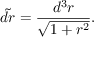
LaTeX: \tilde { d r } = { \frac { d ^ { 3 } r } { \sqrt { 1 + r ^ { 2 } } } } .